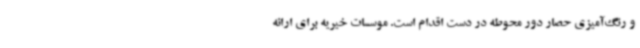
و رنگ‌آمیزی حصار دور محوطه در دست اقدام است. موسسات خیریه برای ارائه